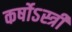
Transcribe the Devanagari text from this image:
कर्षोऽस्त्री